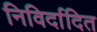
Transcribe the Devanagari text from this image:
निविर्दादित